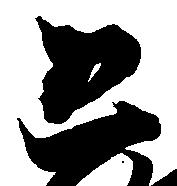
恐